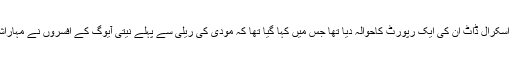
دراصل، کانگریس نے اپنی شکایت میں 10 اپریل کی اسکرال ڈاٹ ان کی ایک رپورٹ کاحوالہ دیا تھا جس میں کہا گیا تھا کہ مودی کی ریلی سے پہلے نیتی آیوگ کے افسروں نے مہاراشٹر کے تین ضلعوں کے ضلع افسروں کو خط لکھا تھا۔